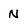
Character: N